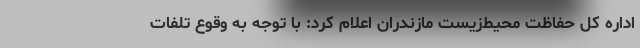
اداره کل حفاظت محیط‌زیست مازندران اعلام کرد: با توجه به وقوع تلفات